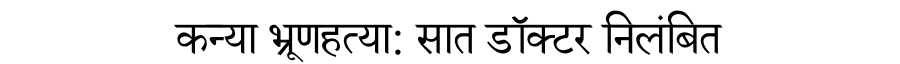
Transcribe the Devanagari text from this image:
कन्या भ्रूणहत्या: सात डॉक्टर निलंबित